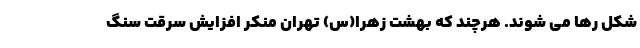
شکل رها می شوند. هرچند که بهشت زهرا(س) تهران منکر افزایش سرقت سنگ